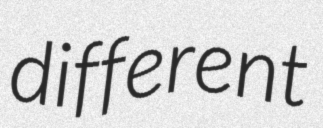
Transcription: different